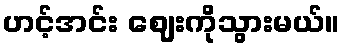
ဟင့်အင်း ဈေးကိုသွားမယ်။